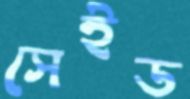
সেইড